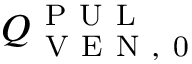
Q _ { \mathrm { ~ V ~ E ~ N ~ , ~ 0 ~ } } ^ { \mathrm { ~ P ~ U ~ L ~ } }